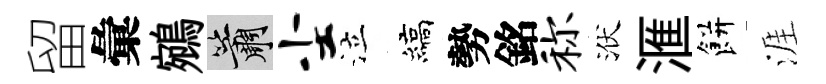
留彙鵷簫尘泣縞勢銘称洑滙餅涯